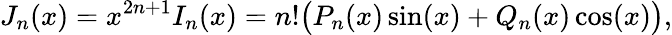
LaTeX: J_{n}(x)=x^{2n+1}I_{n}(x)=n!{\bigl(}P_{n}(x)\sin(x)+Q_{n}(x)\cos(x){\bigr)},